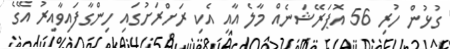
ގުޅުން ހުރި 56 އޮޕަރޭޝަނެއް މާލެ އާއި އެކި ރަށްރަށުގައި ހިންގާފައިވާއިރު އޭގެ